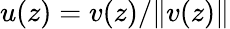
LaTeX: u(z)=v(z)/\| v(z)\|